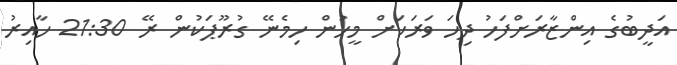
އަދީބުގެ އިންޒާރަށްފަހު ދިހަ ވަރަކަށް މީހުން ހިމެނޭ ގުރޫޕަކުން ރޭ 21:30 ހާއިރު